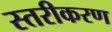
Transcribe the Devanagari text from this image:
स्‍तरीकरण